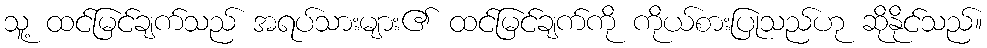
သူ့ ထင်မြင်ချက်သည် အရပ်သားများ၏ ထင်မြင်ချက်ကို ကိုယ်စားပြုသည်ဟု ဆိုနိုင်သည်။